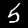
Digit: 5